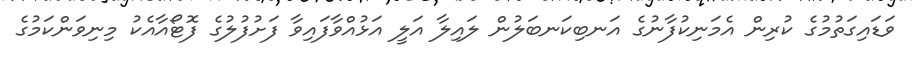
ވަޑައިގަތުމުގެ ކުރިން އެމަނިކުފާނުގެ އަނބިކަނބަލުން ލައިލާ އަލީ އަޅުއްވާފައިވާ ފަށުފުލުގެ ފޮޓޯއާއެކު މިނިވަންކަމުގެ